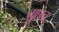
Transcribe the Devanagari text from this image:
गुछच